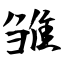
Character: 雏